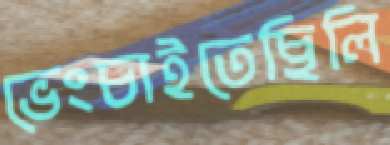
ভেংচাইতেছিলি